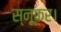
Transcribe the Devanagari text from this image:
स्नूकर।